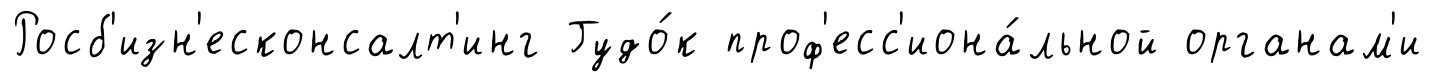
Росб'изн'есконсалт'инг Гудо́к проф'есс'иона́льной органам'и